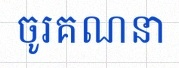
ចូរគណនា